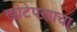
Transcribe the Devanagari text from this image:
खोटेपणाचा